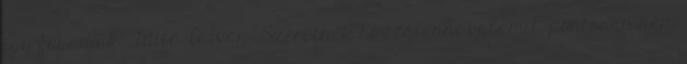
így fogadjuk. Tüttő István: Szeretnék hozzátenni valamit, pontosan nem